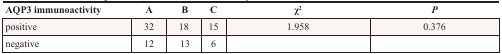
| AQP3 immunoactivity | A | B | C | χ2 | P |
 | --- | --- | --- | --- | --- | --- |
 | positive | 32 | 18 | 15 | 1.958 | 0.376 |
 | negative | 12 | 13 | 6 |  |  |